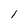
Character: 1